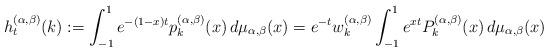
LaTeX: \begin{align*}h^{(\alpha,\beta)}_{t}(k):=\int_{-1}^1 e^{-(1-x)t}p_k^{(\alpha,\beta)}(x)\, d\mu_{\alpha,\beta}(x)=e^{-t}w_{k}^{(\alpha,\beta)}\int_{-1}^1 e^{xt}P_k^{(\alpha,\beta)}(x)\, d\mu_{\alpha,\beta}(x)\end{align*}